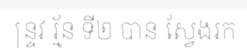
ន្ទ្រវ រ្ម័ន ទី២ បាន ស្វែងរក